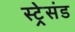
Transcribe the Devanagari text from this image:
स्ट्रेसंड